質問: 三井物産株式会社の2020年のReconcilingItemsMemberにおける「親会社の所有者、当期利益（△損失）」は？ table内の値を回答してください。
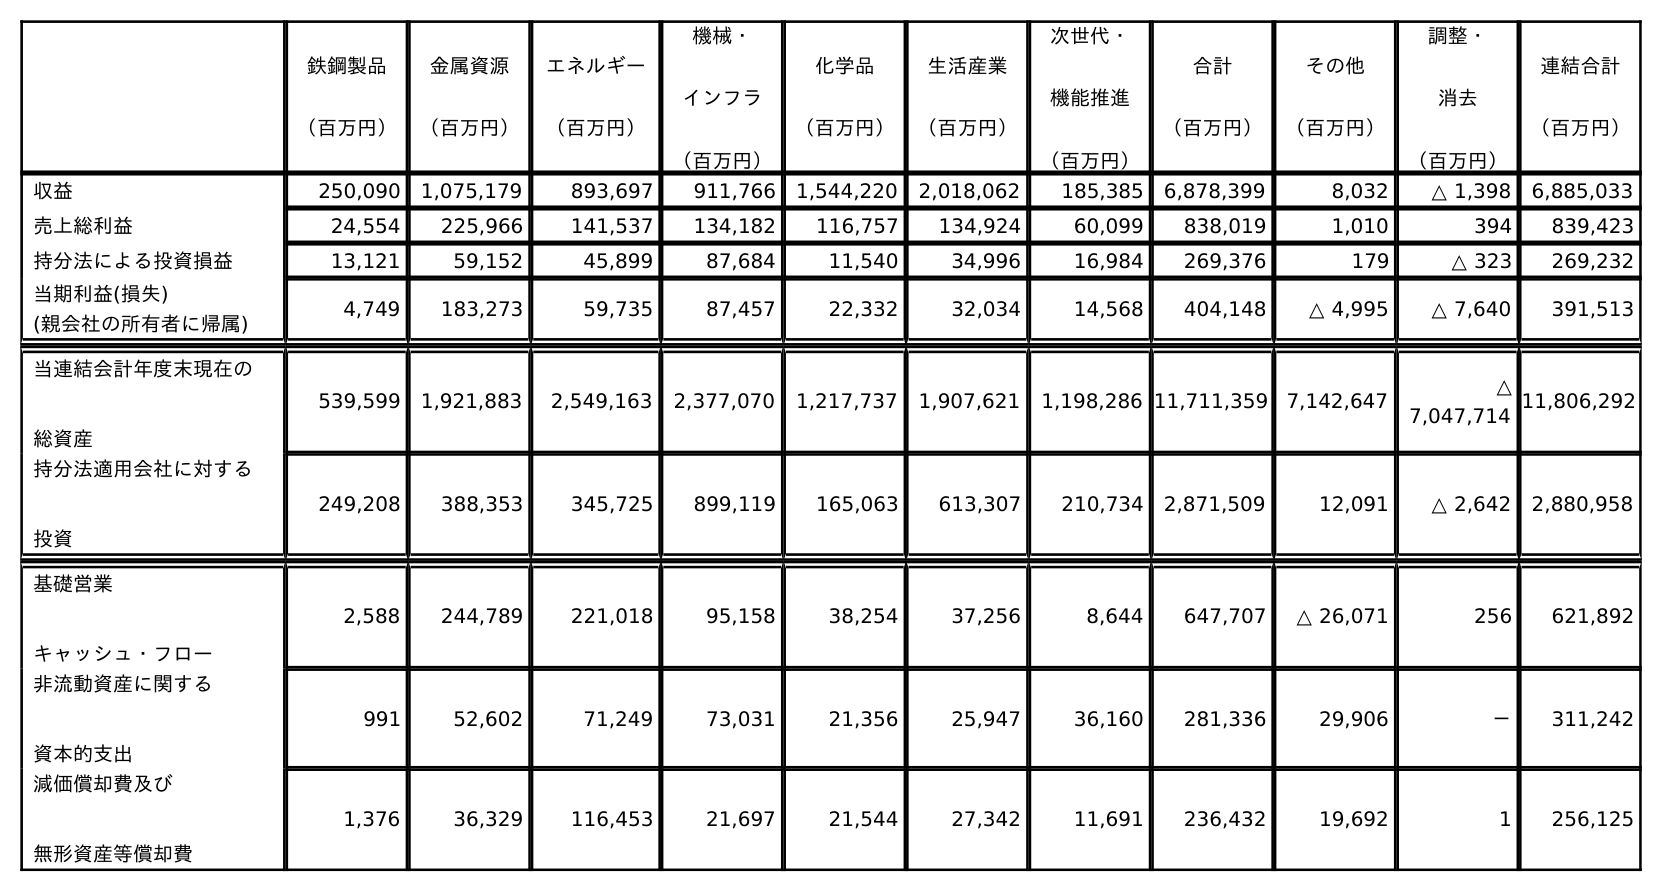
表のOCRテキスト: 鉄鋼製品 （百万円） 金属資源 （百万円） エネルギー （百万円） 機械・ インフラ （百万円） 化学品 （百万円） 生活産業 （百万円） 次世代・ 機能推進 （百万円） 合計 （百万円） その他 （百万円） 調整・ 消去 （百万円） 連結合計 （百万円） 収益 250,090 1,075,179 893,697 911,766 1,544,220 2,018,062 185,385 6,878,399 8,032 △ 1,398 6,885,033 売上総利益 24,554 225,966 141,537 134,182 116,757 134,924 60,099 838,019 1,010 394 839,423 持分法による投資損益 13,121 59,152 45,899 87,684 11,540 34,996 16,984 269,376 179 △ 323 269,232 当期利益(損失)      (親会社の所有者に帰属) 4,749 183,273 59,735 87,457 22,332 32,034 14,568 404,148 △ 4,995 △ 7,640 391,513 当連結会計年度末現在の 総資産 539,599 1,921,883 2,549,163 2,377,070 1,217,737 1,907,621 1,198,286 11,711,359 7,142,647 △ 7,047,714 11,806,292 持分法適用会社に対する 投資 249,208 388,353 345,725 899,119 165,063 613,307 210,734 2,871,509 12,091 △ 2,642 2,880,958 基礎営業 キャッシュ・フロー 2,588 244,789 221,018 95,158 38,254 37,256 8,644 647,707 △ 26,071 256 621,892 非流動資産に関する 資本的支出 991 52,602 71,249 73,031 21,356 25,947 36,160 281,336 29,906 － 311,242 減価償却費及び 無形資産等償却費 1,376 36,329 116,453 21,697 21,544 27,342 11,691 236,432 19,692 1 256,125
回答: △7,640